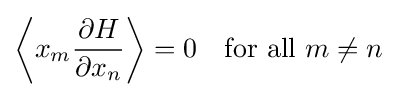
\left\langle x_{m}{\frac {\partial H}{\partial x_{n}}}\right\rangle =0\quad {\text{for all }}m\neq n